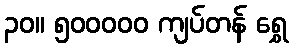
၃၀။ ၅၀၀၀၀၀ ကျပ်တန် ရွှေ